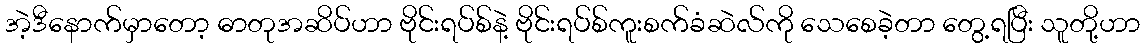
အဲ့ဒီနောက်မှာတော့ ဓာတုအဆိပ်ဟာ ဗိုင်းရပ်စ်နဲ့ ဗိုင်းရပ်စ်ကူးစက်ခံဆဲလ်ကို သေစေခဲ့တာ တွေ့ရပြီး သူတို့ဟာ